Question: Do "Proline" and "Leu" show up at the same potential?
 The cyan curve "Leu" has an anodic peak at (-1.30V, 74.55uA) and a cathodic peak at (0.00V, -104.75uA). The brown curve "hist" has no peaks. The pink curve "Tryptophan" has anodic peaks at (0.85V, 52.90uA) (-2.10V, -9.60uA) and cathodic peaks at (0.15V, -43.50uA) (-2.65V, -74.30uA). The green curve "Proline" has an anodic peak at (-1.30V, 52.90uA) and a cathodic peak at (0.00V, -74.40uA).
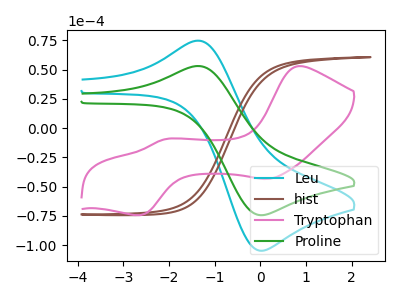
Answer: <think>All the peaks in "Proline" have a peak in "Leu" at the same potential. Every peak in "Proline" is lower than every peak in "Leu".
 </think>
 <answer>"Proline" and "Leu" are similar in shape.</answer>
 <eval>same_shape</eval>